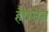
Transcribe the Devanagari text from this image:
हौस्तेन